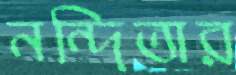
নন্দিতার